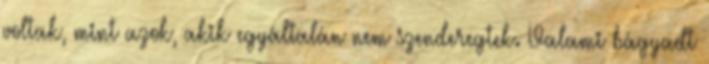
voltak, mint azok, akik egyáltalán nem szenderegtek. Valami bágyadt